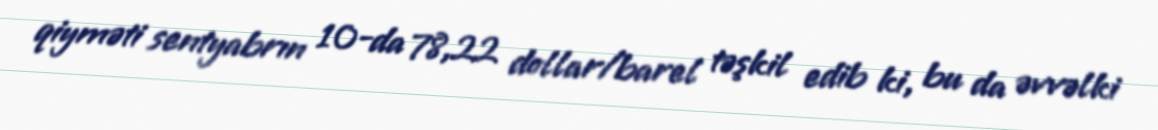
qiyməti sentyabrın 10-da 78,22 dollar/barel təşkil edib ki, bu da əvvəlki